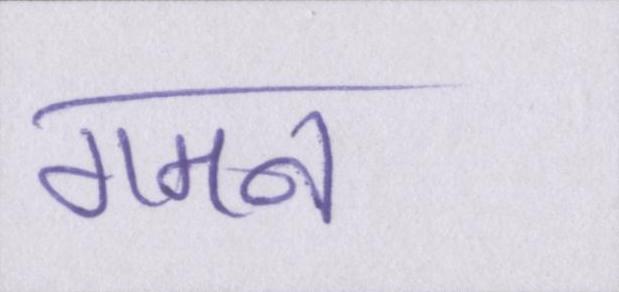
गमन